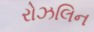
રોઝલિન